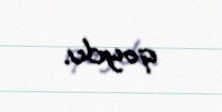
qoydu.